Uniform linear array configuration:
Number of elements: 8
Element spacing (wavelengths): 0.25
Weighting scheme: uniform
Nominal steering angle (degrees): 15
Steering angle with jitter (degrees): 14.1
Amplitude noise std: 0.05
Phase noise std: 0.05

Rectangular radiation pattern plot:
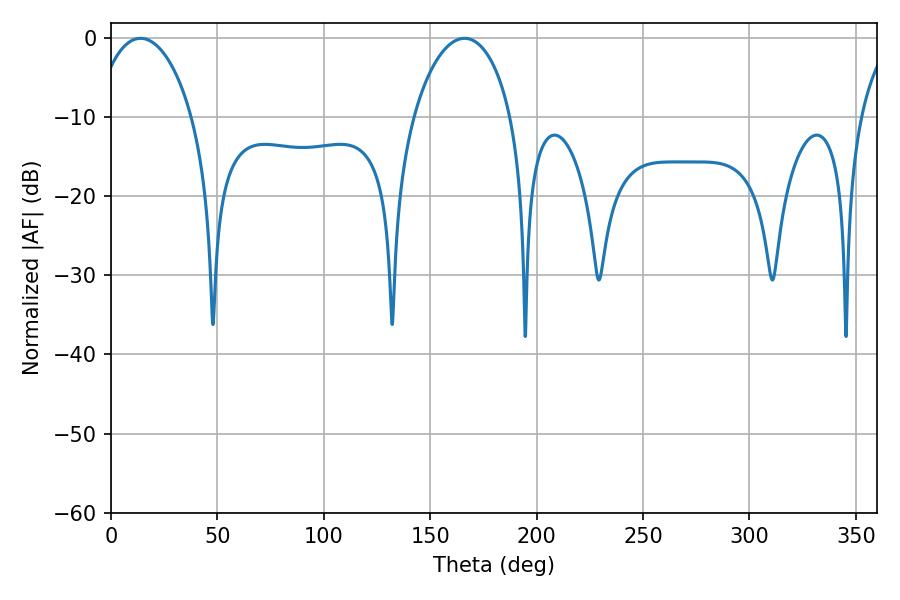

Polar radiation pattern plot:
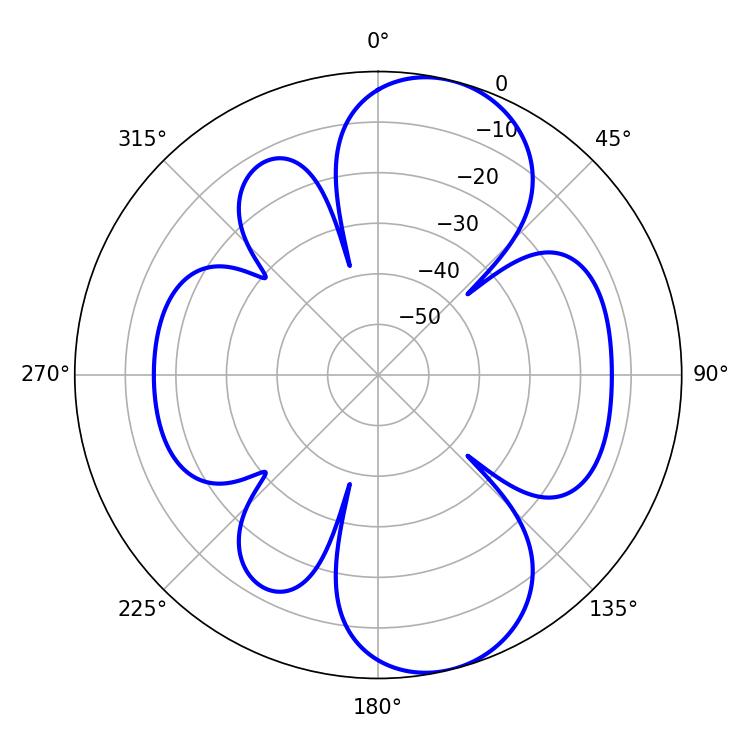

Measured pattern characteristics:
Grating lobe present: FALSE
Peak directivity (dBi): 9.203
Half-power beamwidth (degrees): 26.28
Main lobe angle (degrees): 13.86